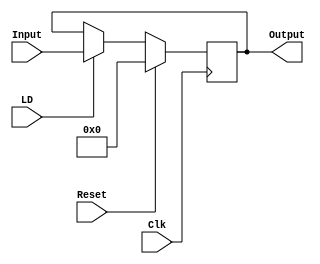
`timescale 1ns / 1ps
//////////////////////////////////////////////////////////////////////////////////
// Company: 
// Engineer: 
// 
// Design Name: 
// Module Name: 
// Project Name: 
// Target Devices: 
// Tool Versions: 
// Description: 
// 
// Dependencies: 
// 
// Revision:
// Revision 0.01 - File Created
// Additional Comments:
// 
//////////////////////////////////////////////////////////////////////////////////

module Reg_Anterior # (parameter SAMPLES=128, parameter OSF=8)(Clk, Reset, LD, Input, Output);
    input Clk, Reset;
    input LD;
    input[$clog2(SAMPLES*OSF):0] Input;
    output reg[$clog2(SAMPLES*OSF):0] Output;
    
    always @(posedge Clk)
        if(Reset)
            Output=0;
        else if(LD)
            Output=Input;
        else
            Output=Output;

endmodule